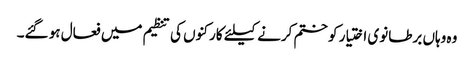
وہ وہاں برطانوی اختیار کو ختم کرنے کیلئے کارکنوں کی تنظیم میں فعال ہو گئے۔